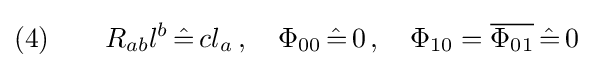
(4)\qquad R_{ab}l^{b}\,{\hat {=}}\,cl_{a}\,,\quad \Phi _{00}\,{\hat {=}}\,0\,,\quad \Phi _{10}={\overline {\Phi _{01}}}\,{\hat {=}}\,0